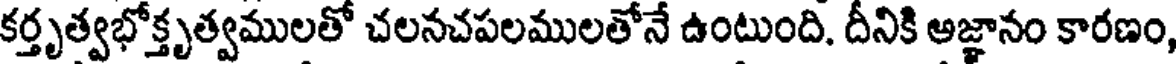
కర్తృత్వభోక్తృత్వములతో చలనచపలములతోనే ఉంటుంది. దీనికి అజ్ఞానం కారణం,